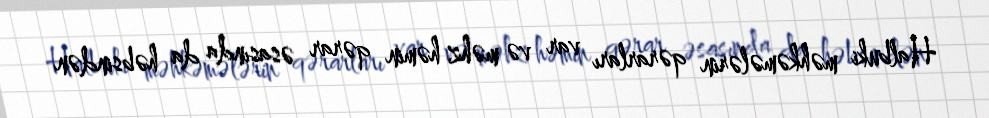
Halbuki məhkəmələrin qərarları var və məhz həmin qərar əsasında da həbsindən